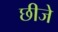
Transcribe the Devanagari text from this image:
छीजे